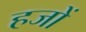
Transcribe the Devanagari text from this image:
हजों